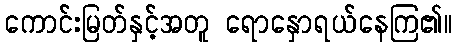
ကောင်းမြတ်နှင့်အတူ ရောနှောရယ်နေကြ၏။